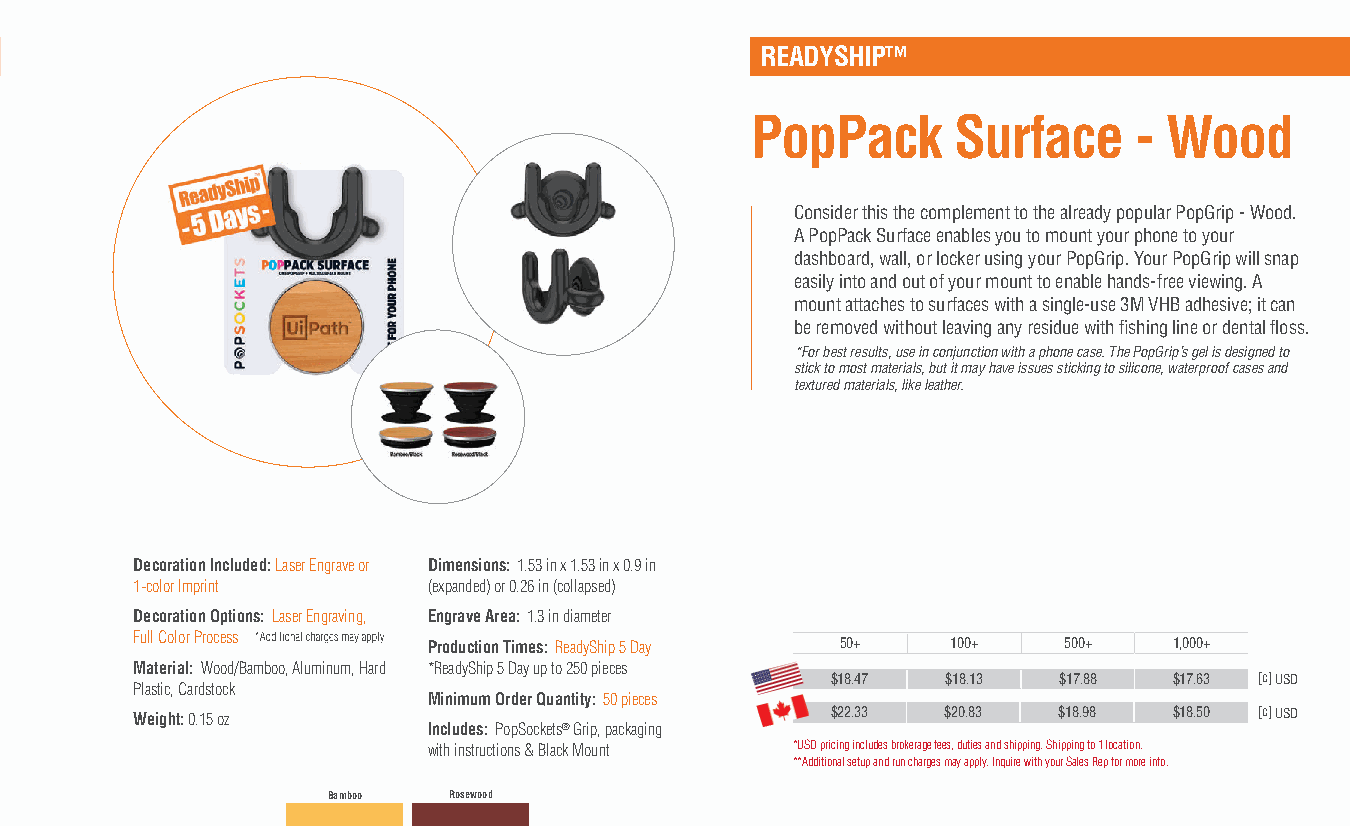
READYSHIP™
 PopPack      Surface     - Wood
 Consider this the complement to the already popular PopGrip - Wood.
 A PopPack Surface enables you to mount your phone to your
 dashboard, wall, or locker using your PopGrip. Your PopGrip will snap
 easily into and out of your mount to enable hands-free viewing. A
 mount attaches to surfaces with a single-use 3M VHB adhesive; it can
 be removed without leaving any residue with fishing line or dental floss.
 *For best results, use in conjunction with a phone case. The PopGrip’s gel is designed to
 stick to most materials, but it may have issues sticking to silicone, waterproof cases and
 textured materials, like leather.
 Decoration Included: Laser Engrave or Dimensions: 1.53 in x 1.53 in x 0.9 in
 1-color Imprint    (expanded) or 0.26 in (collapsed)
 Decoration Options: Laser Engraving, Engrave Area: 1.3 in diameter
 Full Color Process
 Production Times: ReadyShip 5 Day 50+ 100+ 500+   1,000+
 Material: Wood/Bamboo, Aluminum, Hard *ReadyShip 5 Day up to 250 pieces
 $18.47  $18.13 $17.88  $17.63 [c] USD
 Plastic, Cardstock
 Minimum Order Quantity: 50 pieces
 Weight: 0.15 oz                               $22.33  $20.83 $18.98  $18.50 [c] USD
 Includes: PopSockets® Grip, packaging
 with instructions & Black Mount *USD pricing includes brokerage fees, duties and shipping. Shipping to 1 location.
 **Additional setup and run charges may apply. Inquire with your Sales Rep for more info.
 Bamboo  Rosewood